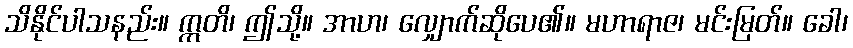
သိနိုင်ပါသနည်း။ ဣတိ၊ ဤသို့။ အာဟ၊ လျှောက်ဆိုပေ၏။ မဟာရာဇ၊ မင်းမြတ်။ ခေါ၊